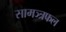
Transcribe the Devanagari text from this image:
सामञ्त्रफल